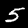
Label: 5